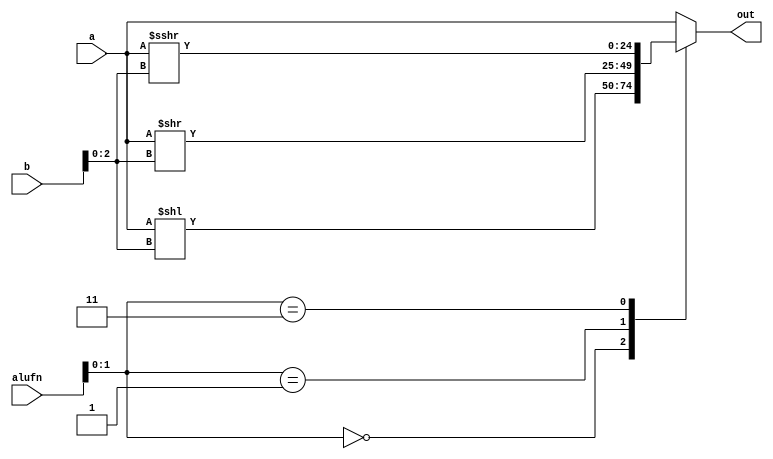
/*
   This file was generated automatically by the Mojo IDE version B1.3.6.
   Do not edit this file directly. Instead edit the original Lucid source.
   This is a temporary file and any changes made to it will be destroyed.
*/

module shift_43 (
    input [24:0] a,
    input [24:0] b,
    input [5:0] alufn,
    output reg [24:0] out
  );
  
  
  
  always @* begin
    
    case (alufn[0+1-:2])
      2'h0: begin
        out = a << b[0+2-:3];
      end
      2'h1: begin
        out = a >> b[0+2-:3];
      end
      2'h3: begin
        out = $signed(a) >>> b[0+2-:3];
      end
      default: begin
        out = a;
      end
    endcase
  end
endmodule